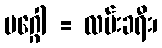
မဂ္ဂေါ = လမ်းခရီး၊